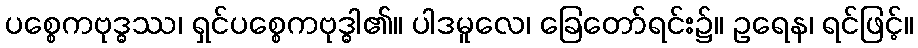
ပစ္စေကဗုဒ္ဓဿ၊ ရှင်ပစ္စေကဗုဒ္ဓါ၏။ ပါဒမူလေ၊ ခြေတော်ရင်း၌။ ဥရေန၊ ရင်ဖြင့်။